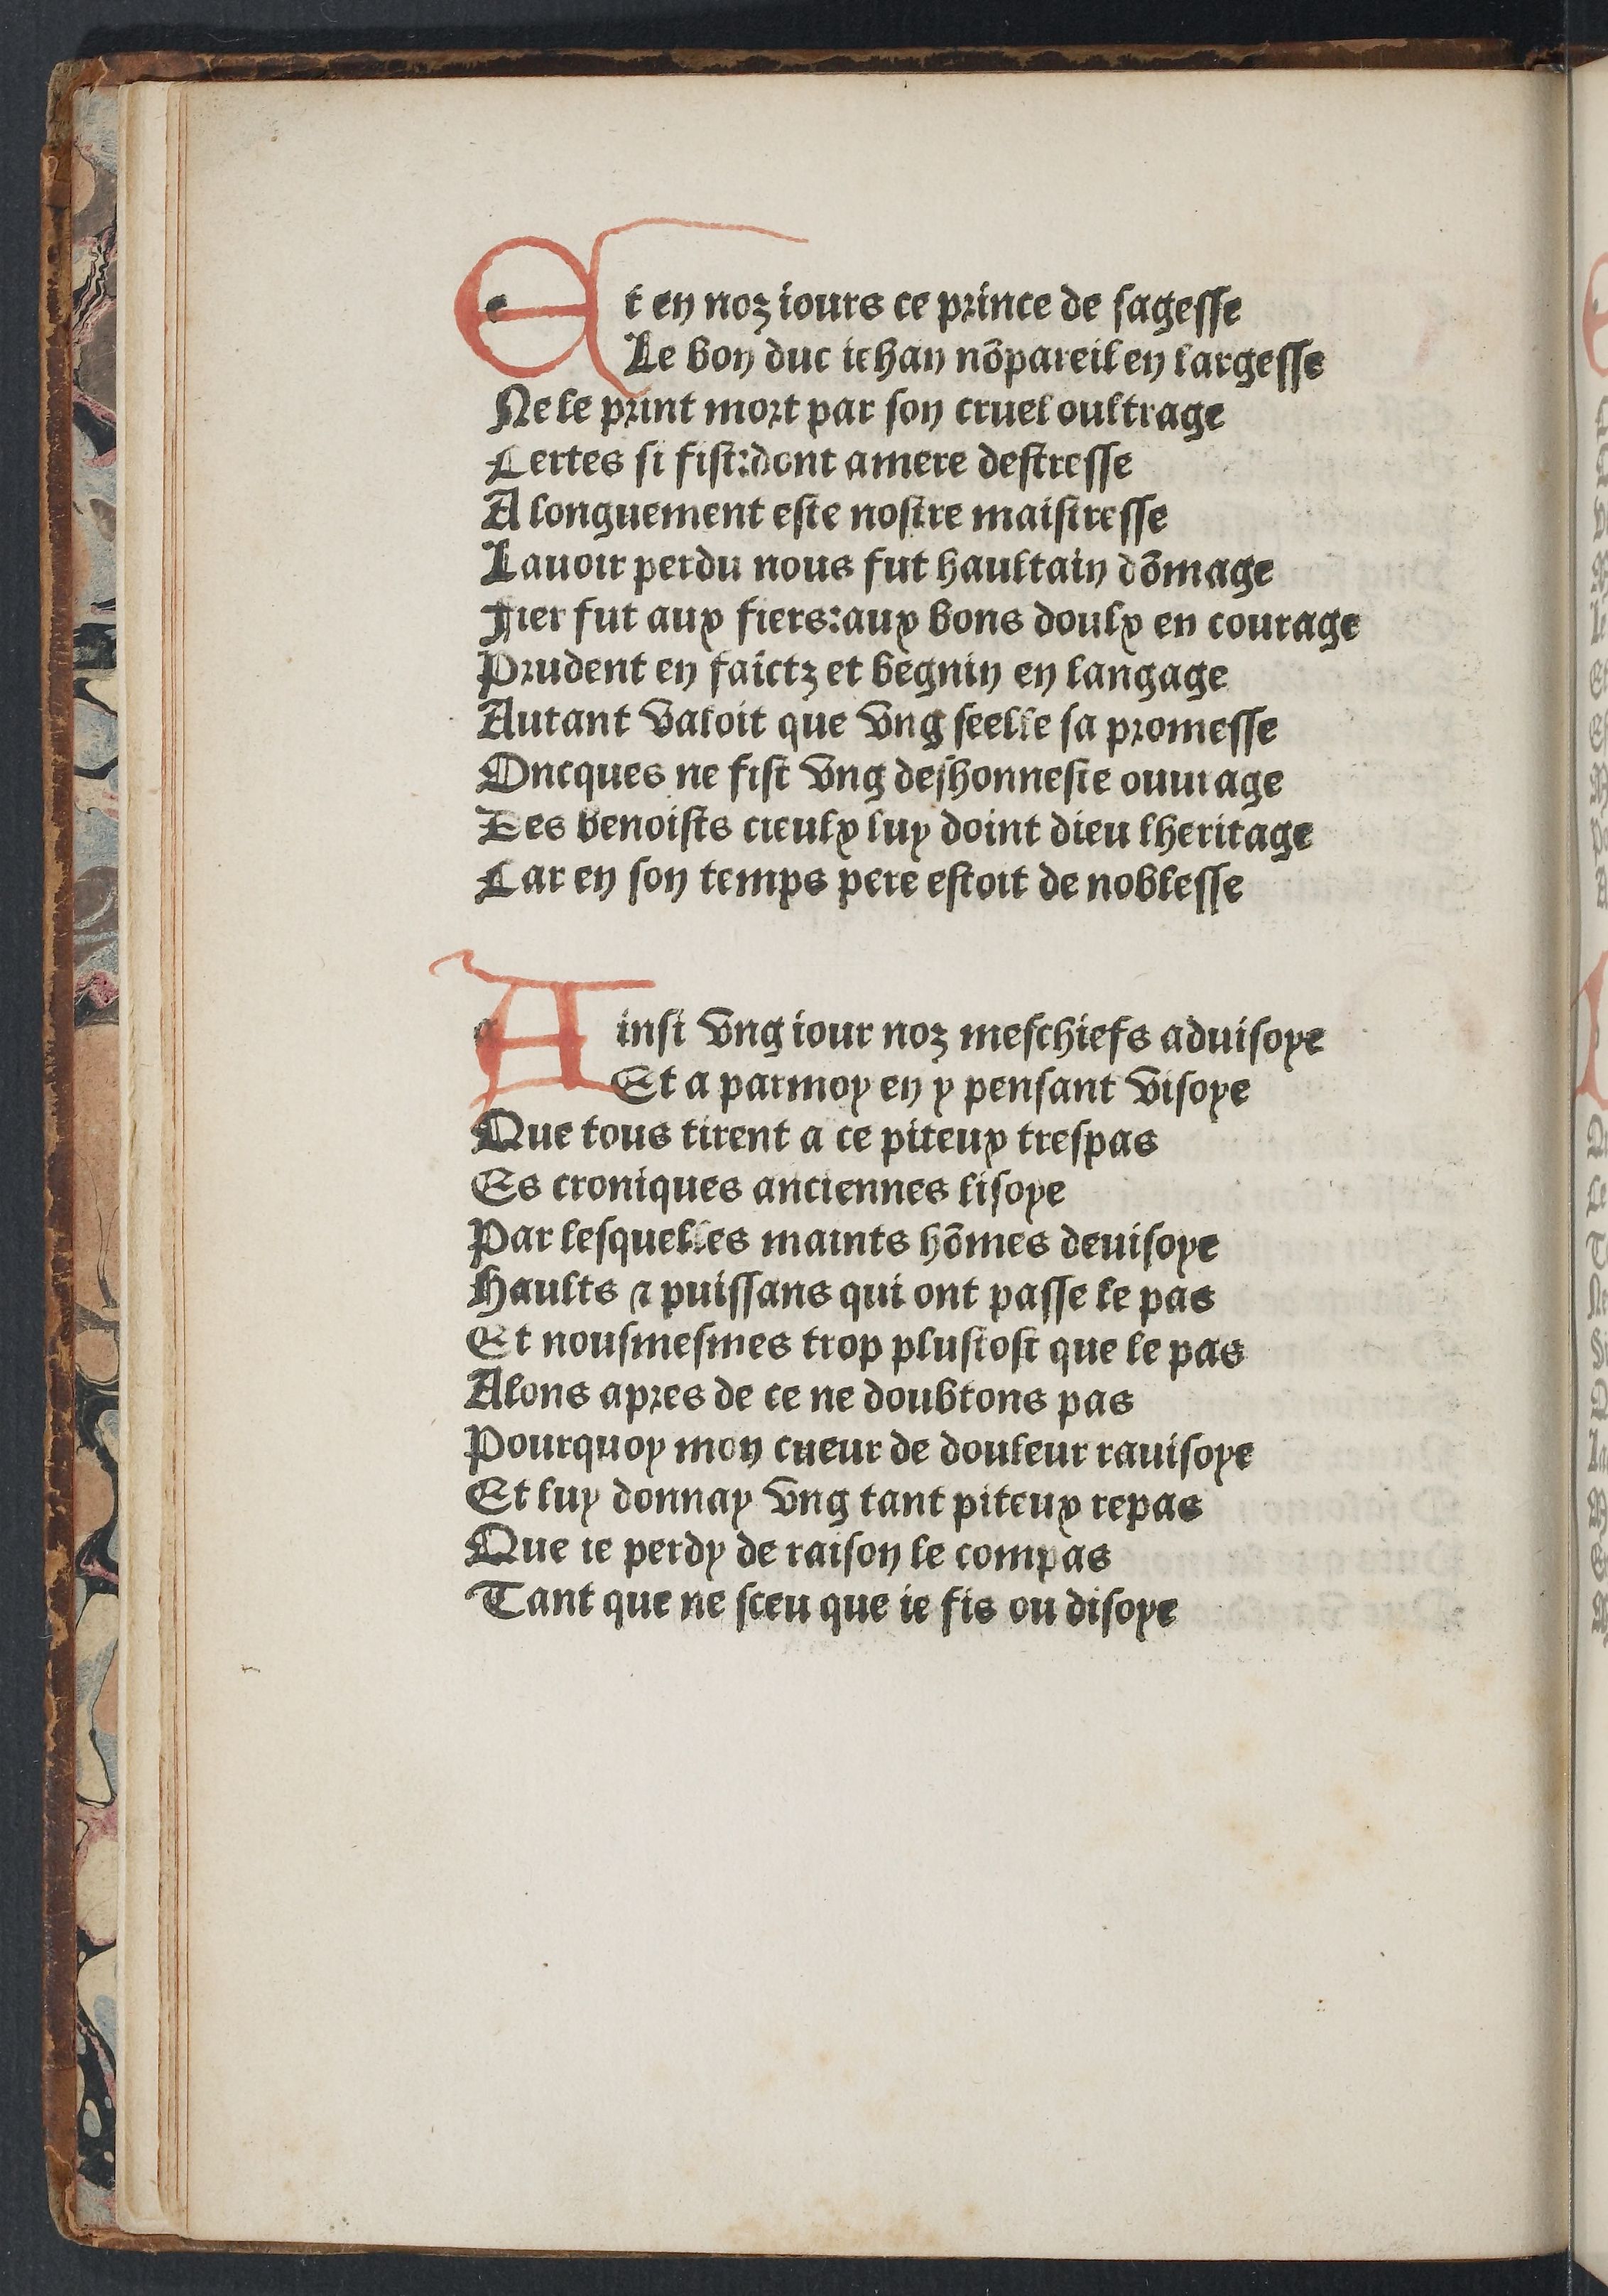
Shelfmark: Paris, BnF, Rés. YE-281
Century: 15